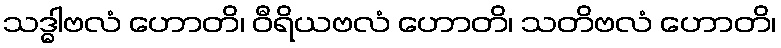
သဒ္ဓါဗလံ ဟောတိ၊ ဝီရိယဗလံ ဟောတိ၊ သတိဗလံ ဟောတိ၊